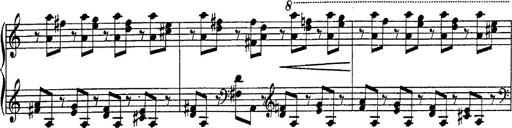
Title: Fantasie Ã¼ber Themen aus Mozarts Figaro und Don Giovanni
Composer: Franz Liszt